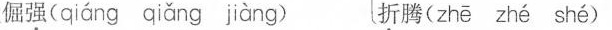
倔强( qiáng qiǎng jiàng ) 折腾( zhē zhé shé )